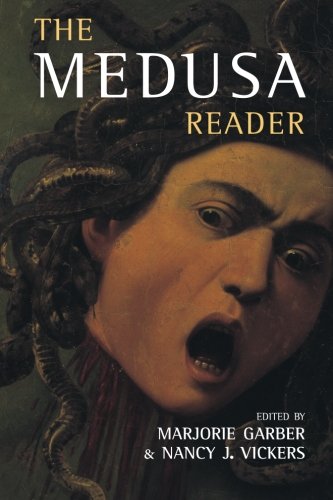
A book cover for The Medusa Reader (Culture Work); Politics & Social Sciences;